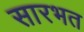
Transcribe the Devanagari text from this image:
सारभत